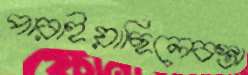
পারাইয়াছিলেবস্তা